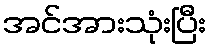
အင်အားသုံးပြီး